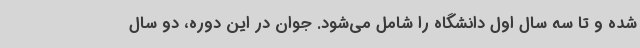
شده و تا سه سال اول دانشگاه را شامل می‌شود. جوان در این دوره، دو سال